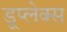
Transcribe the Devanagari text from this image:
डूप्लेक्स